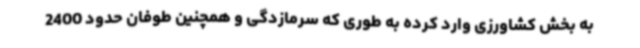
به بخش کشاورزی وارد کرده به طوری که سرمازدگی و همچنین طوفان حدود 2400